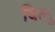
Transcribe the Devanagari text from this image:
बिलू